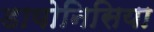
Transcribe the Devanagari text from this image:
डायोनिसिया